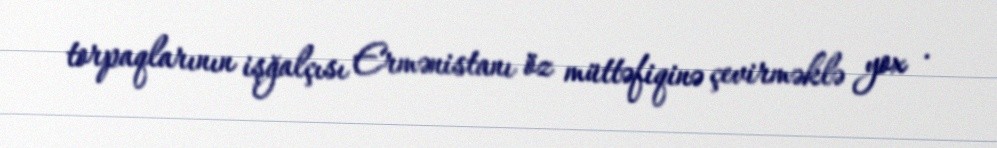
torpaqlarının işğalçısı Ermənistanı öz müttəfiqinə çevirməklə yox .